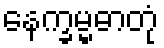
နေက္ခမ္မဓာတုံ